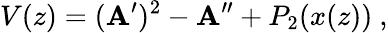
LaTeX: V(z)=(\mathbf{A}^{\prime})^{2}-\mathbf{A}^{\prime\prime}+P_{2}(x(z))\ ,